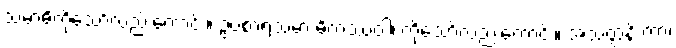
သမာဓိကိုသော်လည်းကောင်း။ ဥပစာရသမာ ဓိကဿဝါ၊ ကိုသော်လည်းကောင်း။ အသံတ္တနိ ကာ၊